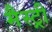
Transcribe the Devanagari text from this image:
मैस्ट्री